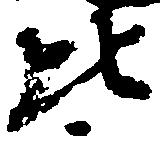
比